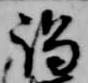
謁